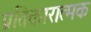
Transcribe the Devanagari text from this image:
प्रतिकारात्मक